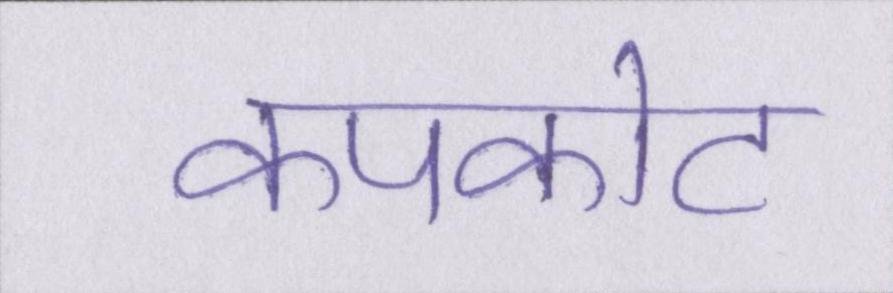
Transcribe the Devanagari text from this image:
कपकोट